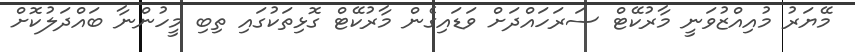
މޭޔަރު މުއިއްޒުވަނީ މާރުކޭޓް ސަރަހައްދަށް ވަޑައިގެން މާރުކޭޓް ގޮޅިތަކުގައި ތިބި މީހުންނާ ބައްދަލުކޮށް